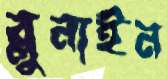
ব্লুনাইন